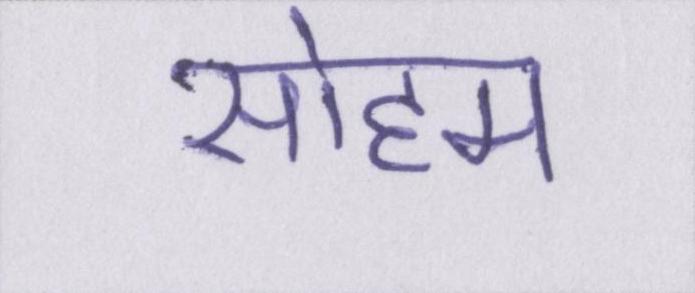
सोहम